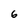
Character: 6